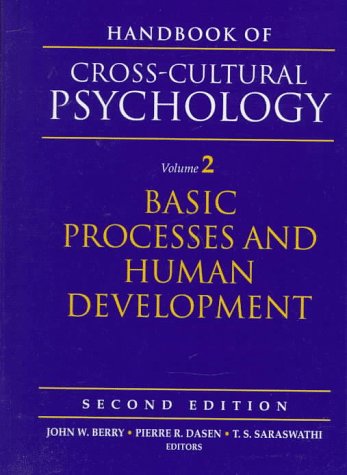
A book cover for Handbook of Cross-Cultural Psychology, Volume 2: Basic Processes and Human Development (2nd Edition); Medical Books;